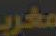
مغرب